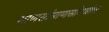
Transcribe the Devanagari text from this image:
माणसांमाणसांमधील